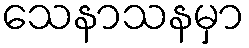
သေနာသနမှာ